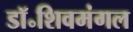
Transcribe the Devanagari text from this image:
डॉ॰शिवमंगल